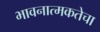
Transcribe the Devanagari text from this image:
भावनात्मकतेचा